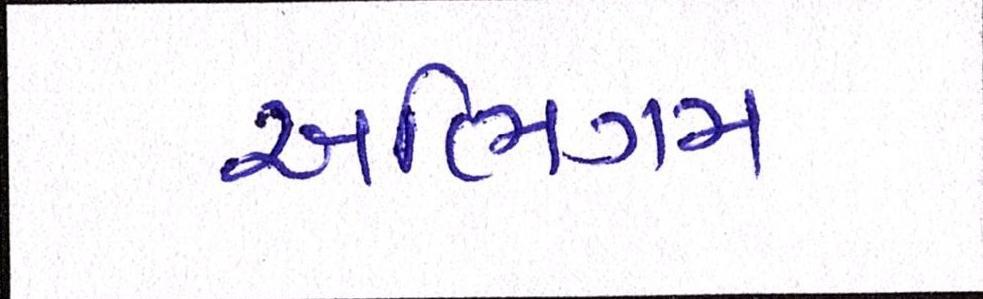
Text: અભિગમ